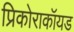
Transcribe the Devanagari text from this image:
प्रिकोराकॉयड